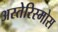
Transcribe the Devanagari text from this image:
अस्तेरिस्मोस